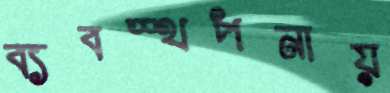
ব্যবস্থপনায়